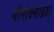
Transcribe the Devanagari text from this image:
मोनोक्साइड।